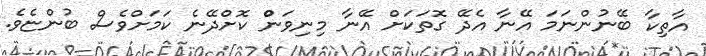
އާތިކާ ބޭނުންނަމަަ އޭނާ އެދޭ ގޮތަކަަށް އޭނާ މިނިވަންް ކޮށްދޭނެ ކަމަށްވެސް ބުންޏެވެ.